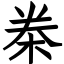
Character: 桊